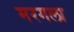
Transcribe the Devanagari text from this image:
मरगला